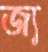
জ্য